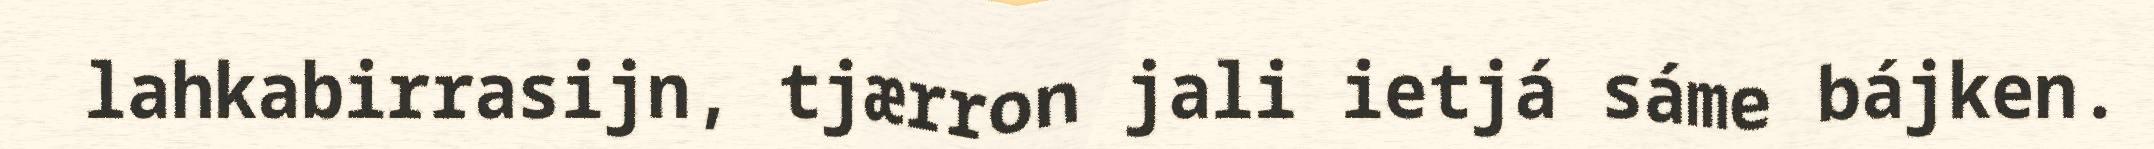
lahkabirrasijn, tjærron jali ietjá sáme bájken.